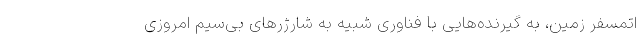
اتمسفر زمین، به گیرنده‌هایی با فناوری شبیه به شارژر‌های بی‌سیم امروزی